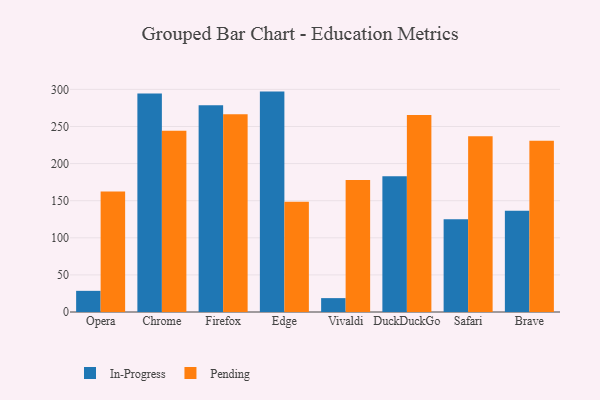
{"axis": {"x": "Browser", "y": "Temperature (°C)"}, "legend": ["In-Progress", "Pending"], "data": [{"x": "Opera", "y": 28.5, "type": "In-Progress"}, {"x": "Opera", "y": 162.3, "type": "Pending"}, {"x": "Chrome", "y": 294.3, "type": "In-Progress"}, {"x": "Chrome", "y": 244.4, "type": "Pending"}, {"x": "Firefox", "y": 278.5, "type": "In-Progress"}, {"x": "Firefox", "y": 266.5, "type": "Pending"}, {"x": "Edge", "y": 297.0, "type": "In-Progress"}, {"x": "Edge", "y": 148.6, "type": "Pending"}, {"x": "Vivaldi", "y": 18.7, "type": "In-Progress"}, {"x": "Vivaldi", "y": 178.0, "type": "Pending"}, {"x": "DuckDuckGo", "y": 182.9, "type": "In-Progress"}, {"x": "DuckDuckGo", "y": 265.6, "type": "Pending"}, {"x": "Safari", "y": 125.1, "type": "In-Progress"}, {"x": "Safari", "y": 236.8, "type": "Pending"}, {"x": "Brave", "y": 136.3, "type": "In-Progress"}, {"x": "Brave", "y": 230.6, "type": "Pending"}]}